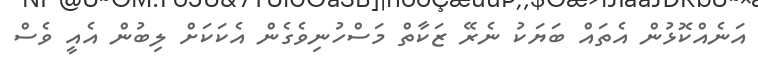
އަނެއްކޮޅުން އެތައް ބަޔަކު ނެރޭ ޒަކާތް މަސްހުނިވެގެން އެކަކަށް ލިބުން އެއީ ވެސް